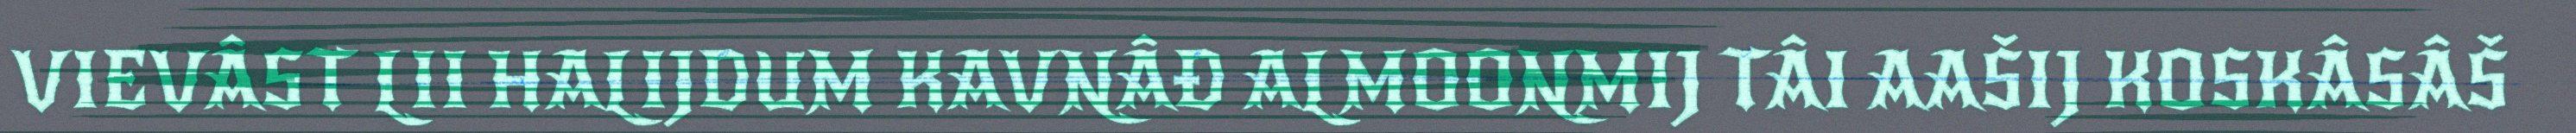
VIEVÂST LII HALIJDUM KAVNÂĐ ALMOONMIJ TÂI AAŠIJ KOSKÂSÂŠ